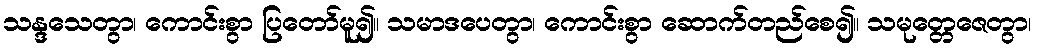
သန္ဒသေတွာ၊ ကောင်းစွာ ပြတော်မူ၍။ သမာဒပေတွာ၊ ကောင်းစွာ ဆောက်တည်စေ၍။ သမုတ္တေဇေတွာ၊